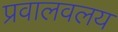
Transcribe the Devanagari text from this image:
प्रवालवलय